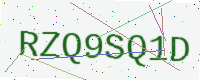
Text: RZQ9SQ1D